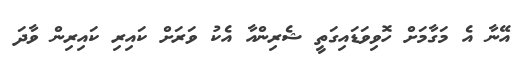
އޭނާ އެ މަގާމަށް ހޮވިވަޑައިގަތީ ޝެރިންއާ އެކު ވަރަށް ކައިރި ކައިރިން ވާދަ